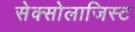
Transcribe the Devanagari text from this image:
सेक्सोलाजिस्ट